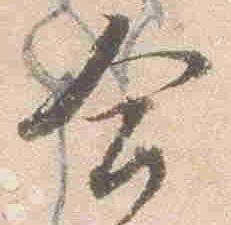
合